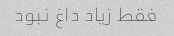
فقط زیاد داغ نبود